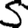
Digit: 5